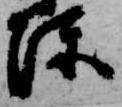
陣